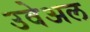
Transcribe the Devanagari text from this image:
उवेअल